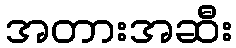
အတားအဆီး